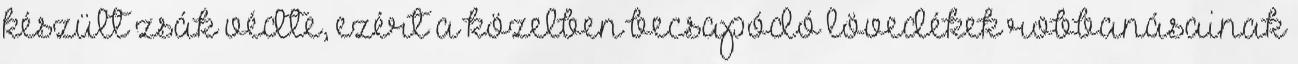
készült zsák védte, ezért a közelben becsapódó lövedékek robbanásainak